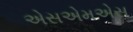
એસએમએસ